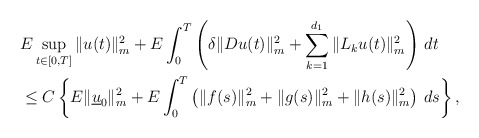
\begin{align*}&E\sup_{t\in[0,T]}\|u(t)\|_m^2+E\int_{0}^T\left(\delta \|Du(t)\|_m^2+\sum_{k=1}^{d_1}\|L_ku(t)\|_m^2\right)\,dt\\&\leq C\left\{E\|\underline{u}_0\|_m^2 + E\int_{0}^T \left(\|f(s)\|_m^2+\|g(s)\|_m^2+\|h(s)\|_m^2\right)\,ds\right\},\end{align*}